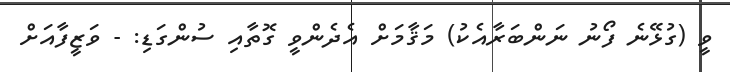
ވީ (ގުޅޭނެ ފޯނު ނަންބަރާއެކު) މަޤާމަށް އެދެންވީ ގޮތާއި ސުންގަޑި: - ވަޒީފާއަށް